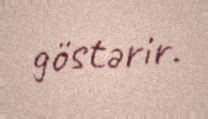
göstərir.